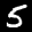
Label: 5